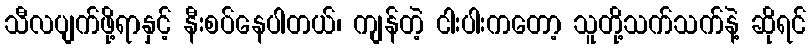
သီလပျက်ဖို့ရာနှင့် နီးစပ်နေပါတယ်၊ ကျန်တဲ့ ငါးပါးကတော့ သူတို့သက်သက်နဲ့ ဆိုရင်